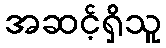
အဆင့်ရှိသူ